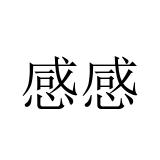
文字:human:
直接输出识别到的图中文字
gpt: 感感